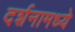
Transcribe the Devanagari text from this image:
दर्शनामध्ये